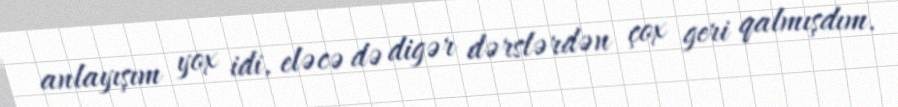
anlayışım yox idi, eləcə də digər dərslərdən çox geri qalmışdım.